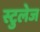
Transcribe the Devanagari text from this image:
स्टुलेज